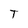
Character: T